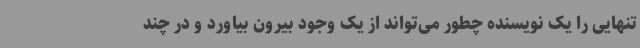
تنهایی را یک نویسنده چطور می‌تواند از یک وجود بیرون بیاورد و در چند